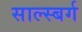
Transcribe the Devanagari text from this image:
साल्स्बर्ग